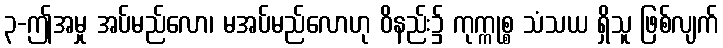
၃-ဤအမှု အပ်မည်လော၊ မအပ်မည်လောဟု ဝိနည်း၌ ကုက္ကုစ္စ သံသယ ရှိသူ ဖြစ်လျက်